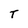
Character: T